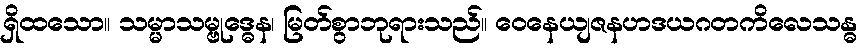
ရှိထသော။ သမ္မာသမ္ဗုဒ္ဓေန၊ မြတ်စွာဘုရားသည်။ ဝေနေယျဇနဟဒယဂတကိလေသန္ဓ